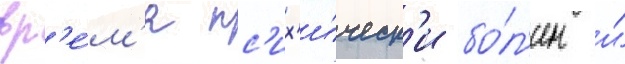
вр'е́м'я пс'их'и́ческ'и бо́л'ен и́